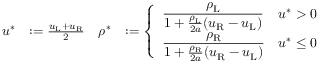
\begin{array} { r l r l } { u ^ { * } } & { : = \frac { u _ { \mathrm { L } } + u _ { \mathrm { R } } } { 2 } } & { \rho ^ { * } } & { : = \left\{ \begin{array} { l l } { \displaystyle \frac { \rho _ { \mathrm { L } } } { 1 + \frac { \rho _ { \mathrm { L } } } { 2 a } ( u _ { \mathrm { R } } - u _ { \mathrm { L } } ) } } & { u ^ { * } > 0 } \\ { \displaystyle \frac { \rho _ { \mathrm { R } } } { 1 + \frac { \rho _ { \mathrm { R } } } { 2 a } ( u _ { \mathrm { R } } - u _ { \mathrm { L } } ) } } & { u ^ { * } \leq 0 } \end{array} \right. } \end{array}